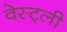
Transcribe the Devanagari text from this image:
वेस्ट्ली